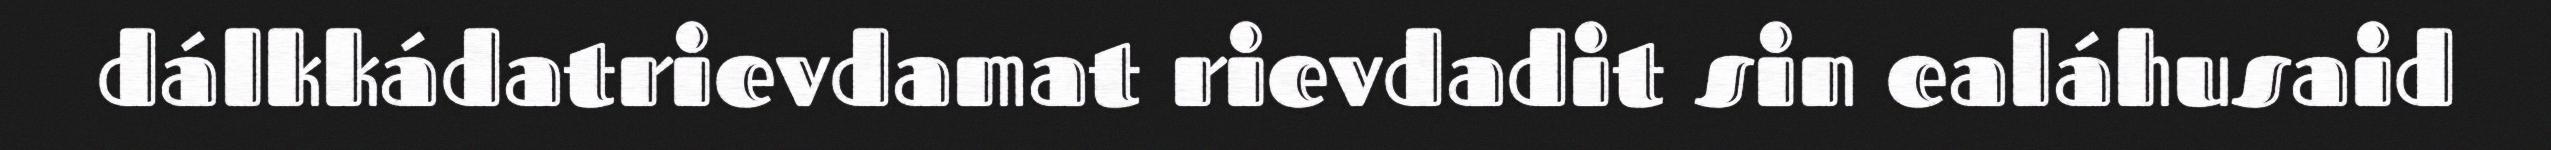
dálkkádatrievdamat rievdadit sin ealáhusaid